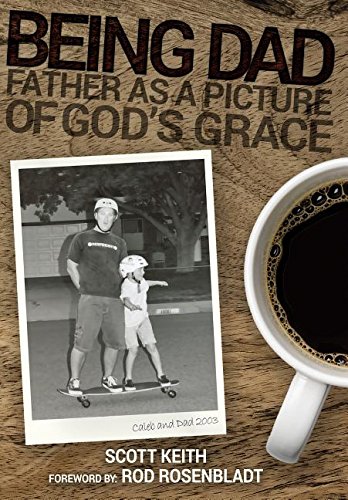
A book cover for Being Dad: Father as a Picture of God's Grace; Scott Keith; Christian Books & Bibles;